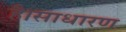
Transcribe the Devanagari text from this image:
है।साधारण